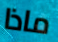
ماذا